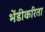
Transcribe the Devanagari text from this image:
भेंडीकरिता